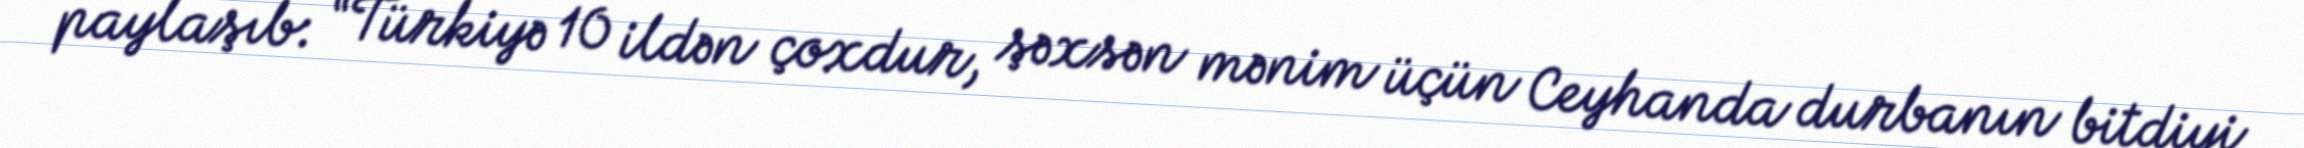
paylaşıb: “Türkiyə 10 ildən çoxdur, şəxsən mənim üçün Ceyhanda durbanın bitdiyi